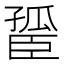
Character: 𦣮